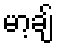
မာ့ချ်